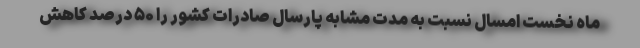
ماه نخست امسال نسبت به مدت مشابه پارسال صادرات کشور را ۵۰ درصد کاهش